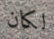
لكان